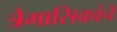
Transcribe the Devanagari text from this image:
त्रैमासिकांचे